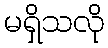
မရှိသလို